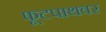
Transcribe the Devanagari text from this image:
फूटपाथवर